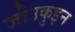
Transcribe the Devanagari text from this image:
जो॑उकुइन